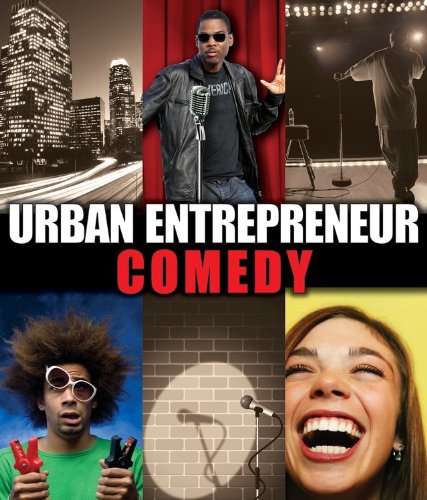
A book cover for Comedy (Urban Entrepreneur); Nicole Ramsay; Teen & Young Adult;